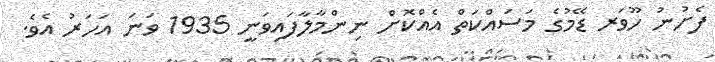
ފެށުނު ހޫވަރ ޑޭމުގެ މަސައްކަތް އެއްކޮށް ނިންމާލާފައިވަނީ 1935 ވަނަ އަހަރު އެވެ.